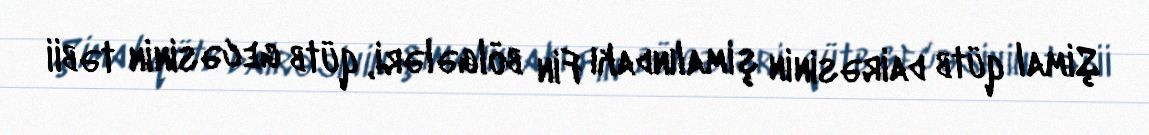
Şimal qütb dairəsinin şimalındakı Fin bölgələri, qütb gecəsinin təbii